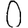
Digit: 0